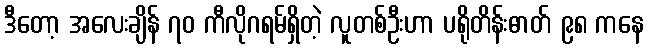
ဒီတော့ အလေးချိန် ၇၀ ကီလိုဂရမ်ရှိတဲ့ လူတစ်ဦးဟာ ပရိုတိန်းဓာတ် ၉၈ ကနေ